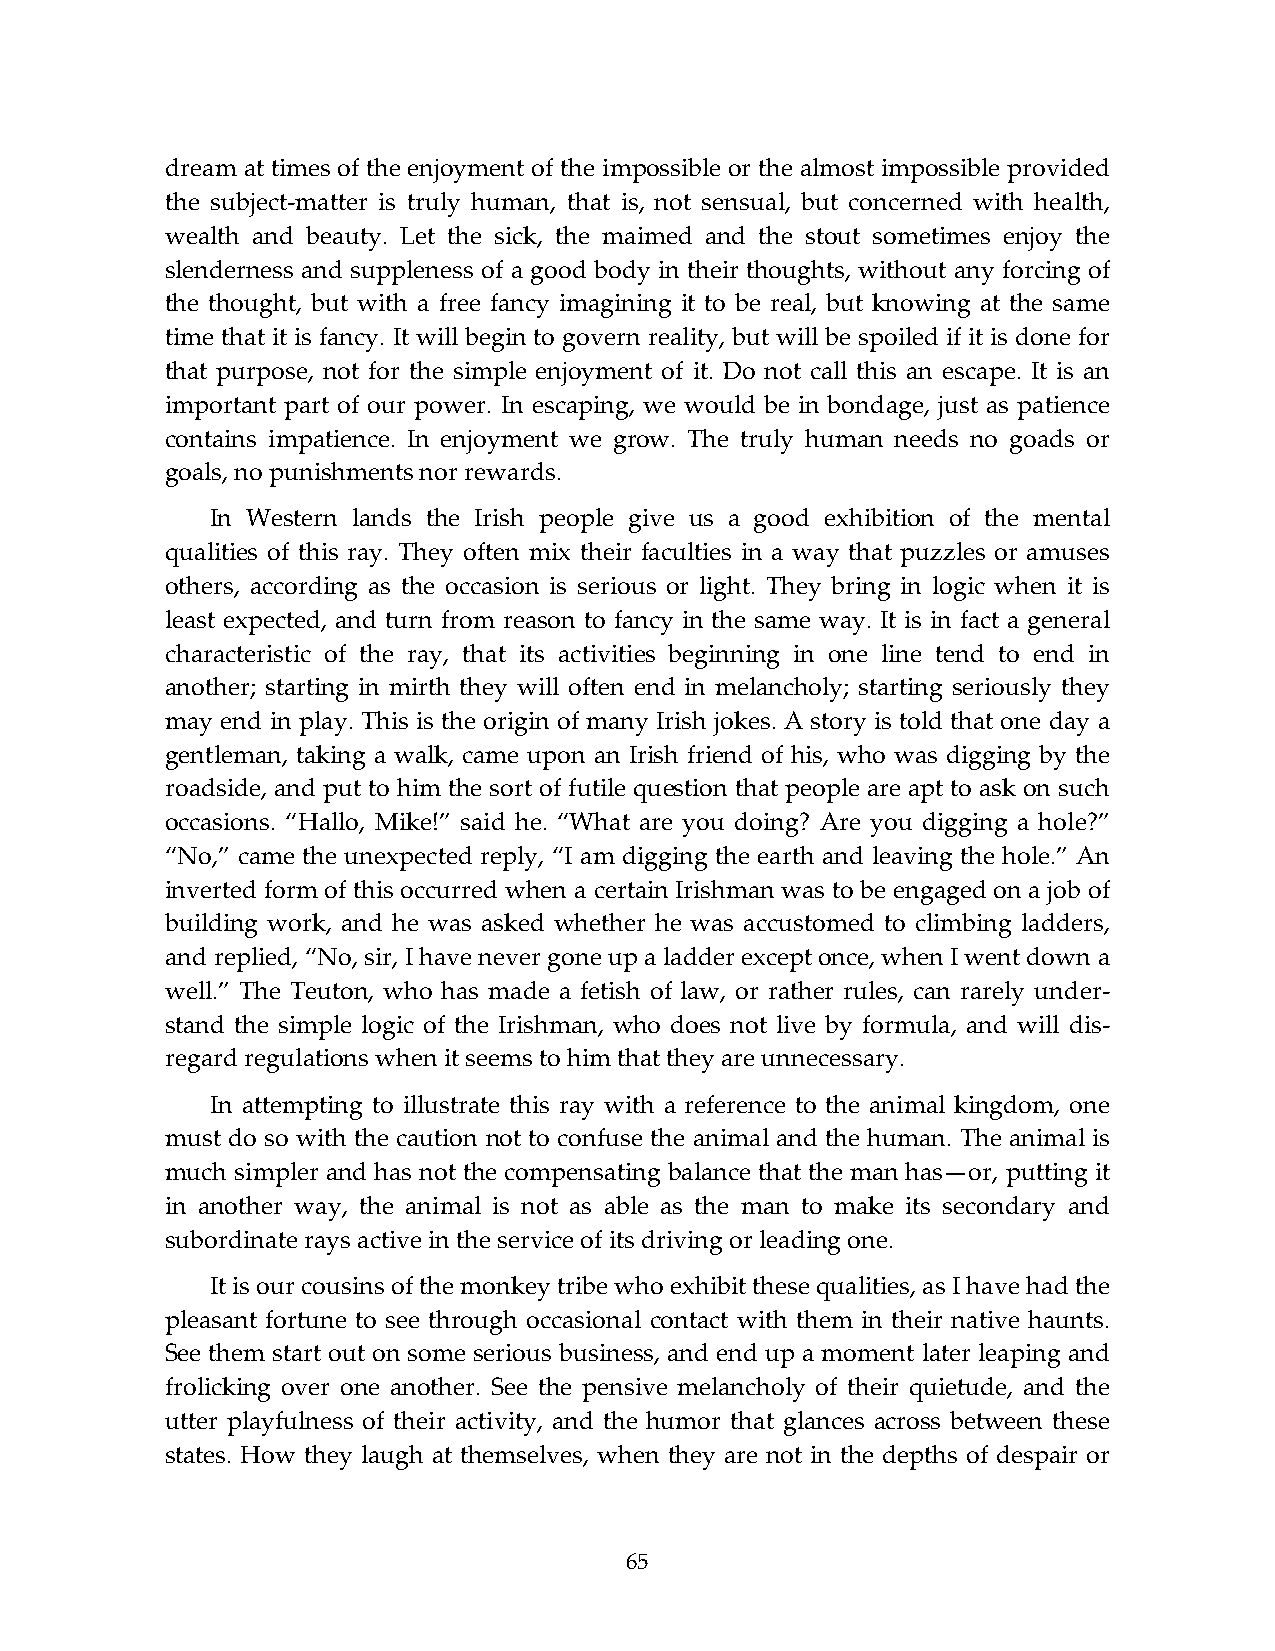
dream at times of the enjoyment of the impossible or the almost impossible provided
 the subject-matter is truly human, that is, not sensual, but concerned with health,
 wealth and beauty. Let the sick, the maimed and the stout sometimes enjoy the
 slenderness and suppleness of a good body in their thoughts, without any forcing of
 the thought, but with a free fancy imagining it to be real, but knowing at the same
 time that it is fancy. It will begin to govern reality, but will be spoiled if it is done for
 that purpose, not for the simple enjoyment of it. Do not call this an escape. It is an
 important part of our power. In escaping, we would be in bondage, just as patience
 contains impatience. In enjoyment we grow. The truly human needs no goads or
 goals, no punishments nor rewards.
 In Western lands the Irish people give us a good exhibition of the mental
 qualities of this ray. They often mix their faculties in a way that puzzles or amuses
 others, according as the occasion is serious or light. They bring in logic when it is
 least expected, and turn from reason to fancy in the same way. It is in fact a general
 characteristic of the ray, that its activities beginning in one line tend to end in
 another; starting in mirth they will often end in melancholy; starting seriously they
 may end in play. This is the origin of many Irish jokes. A story is told that one day a
 gentleman, taking a walk, came upon an Irish friend of his, who was digging by the
 roadside, and put to him the sort of futile question that people are apt to ask on such
 occasions. “Hallo, Mike!” said he. “What are you doing? Are you digging a hole?”
 “No,” came the unexpected reply, “I am digging the earth and leaving the hole.” An
 inverted form of this occurred when a certain Irishman was to be engaged on a job of
 building work, and he was asked whether he was accustomed to climbing ladders,
 and replied, “No, sir, I have never gone up a ladder except once, when I went down a
 well.” The Teuton, who has made a fetish of law, or rather rules, can rarely under-
 stand the simple logic of the Irishman, who does not live by formula, and will dis-
 regard regulations when it seems to him that they are unnecessary.
 In attempting to illustrate this ray with a reference to the animal kingdom, one
 must do so with the caution not to confuse the animal and the human. The animal is
 much simpler and has not the compensating balance that the man has—or, putting it
 in another way, the animal is not as able as the man to make its secondary and
 subordinate rays active in the service of its driving or leading one.
 It is our cousins of the monkey tribe who exhibit these qualities, as I have had the
 pleasant fortune to see through occasional contact with them in their native haunts.
 See them start out on some serious business, and end up a moment later leaping and
 frolicking over one another. See the pensive melancholy of their quietude, and the
 utter playfulness of their activity, and the humor that glances across between these
 states. How they laugh at themselves, when they are not in the depths of despair or
 65